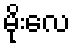
မိုးလေ